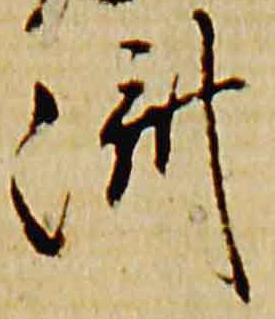
済